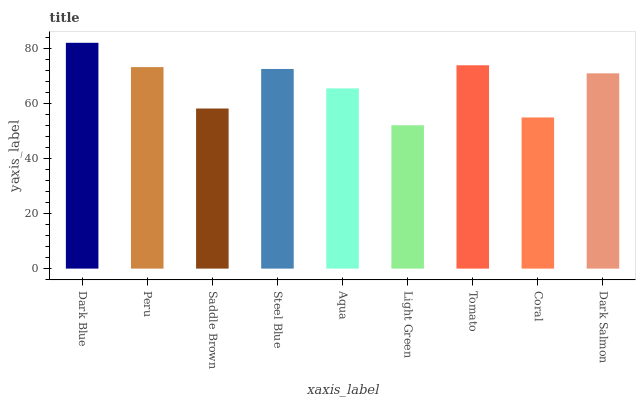
| xaxis_label | bars |
 | --- | --- |
 | Dark Blue | 82.2 |
 | Peru | 73.3 |
 | Saddle Brown | 58.2 |
 | Steel Blue | 72.6 |
 | Aqua | 65.6 |
 | Light Green | 52.1 |
 | Tomato | 74 |
 | Coral | 55 |
 | Dark Salmon | 71 |